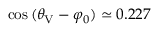
\cos { ( \theta _ { \mathrm { V } } - \varphi _ { 0 } ) } \simeq 0 . 2 2 7